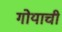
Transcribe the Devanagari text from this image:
गोयाची